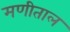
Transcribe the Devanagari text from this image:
मणीताल